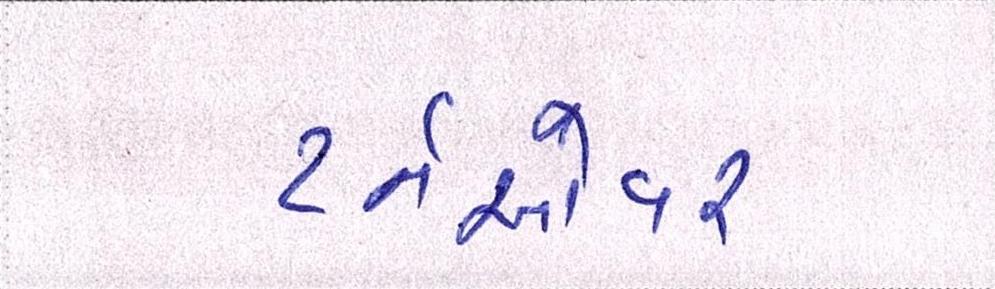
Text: ટર્નઓવર